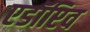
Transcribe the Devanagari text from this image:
एडॉप्टिव